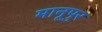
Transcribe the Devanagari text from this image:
मानूपुर